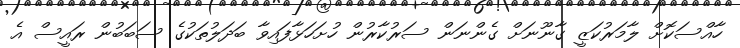
ހާއްސަކޮށް ލާމަރުކަޒީ ގާނޫނަށް ގެންނަަން ސަރުކާރުން ހުށަހަޅާފައިވާ ބަދަލުތަކުގެ ސަބަބުން ރައީސް އެ